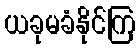
ယခုမခံနိုင်ကြ